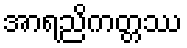
အာရညိကတ္တဿ